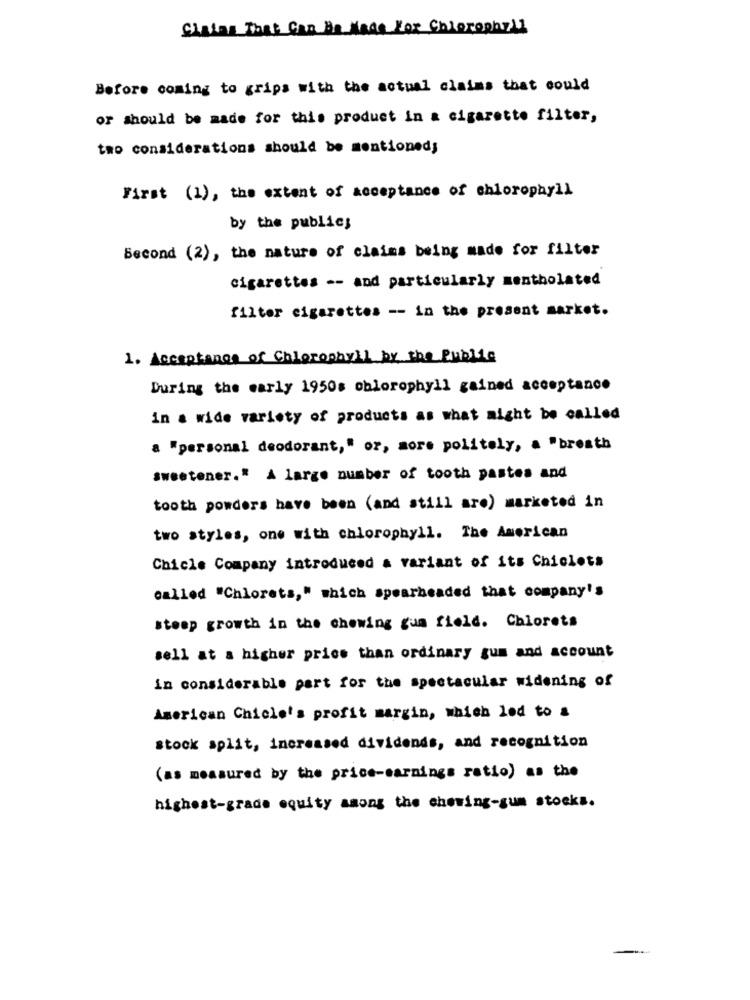
Cintas That Can Be Made For Chlorophyll
Before coming to grips with the actual claims that could
or should be made for this product in a cigarette filter,
tao considerations should be mentioned;
First (1), the extent of acceptance of chlorophyll
by the publics
Second (2), the nature of claims being made for filter
cigarettes -- and particularly mentholated
filter cigarettes -- in the present market.
1. Acceptance of Chlorophyll by the Public
During the early 1950s oblorophyll gained acceptance
in a wide variety of products as what might be called
a "personal deodorant," or, more politely, a "breath
sweetener." A large number of tooth pastes and
tooth powders have been (and still are) marketed in
two styles, one with chlorophyll. The American
Chicle Company introduced a variant of its Chiclets
called "Chlorets," which spearheaded that company's
steep growth in the chewing gum field. Chlorets
sell at a higher price than ordinary gum and account
in considerable part for the spectacular widening of
American Chicle's profit margin, which lod to &
stock split, increased dividends, and recognition
(as measured by the price-earnings ratio) as the
highest-grade equity among the chewing-gum stocks.